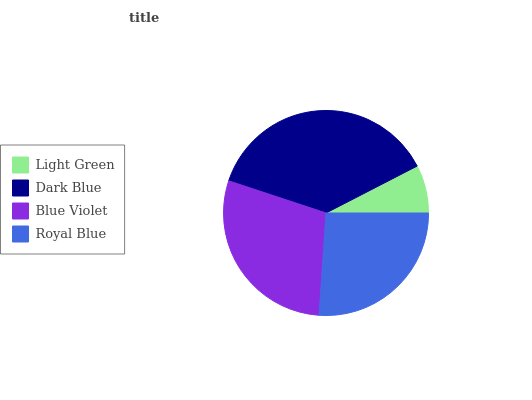
| Light Green | Dark Blue | Blue Violet | Royal Blue |
 | --- | --- | --- | --- |
 | 7.57% | 37.4% | 29% | 26.1% |